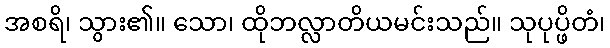
အစရိ၊ သွား၏။ သော၊ ထိုဘလ္လာတိယမင်းသည်။ သုပုပ္ဖိတံ၊